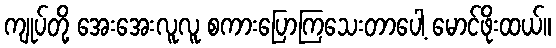
ကျုပ်တို့ အေးအေးလူလူ စကားပြောကြသေးတာပေါ့ မောင်ဖိုးထယ်။